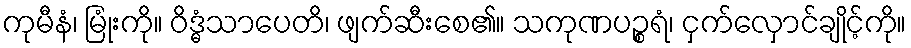
ကုမီနံ၊ မြုံးကို။ ဝိဒ္ဓံသာပေတိ၊ ဖျက်ဆီးစေ၏။ သကုဏပဉ္စရံ၊ ငှက်လှောင်ချိုင့်ကို။